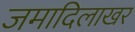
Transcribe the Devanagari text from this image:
जमादिलाखर